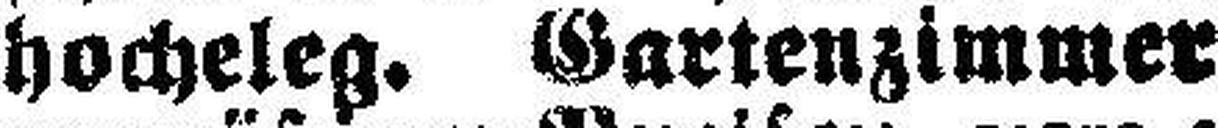
hocheleg. Gartenzimmer